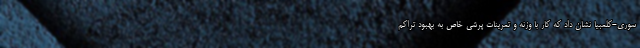
سوری-کلمبیا نشان داد که کار با وزنه و تمرینات پرشی خاص به بهبود تراکم